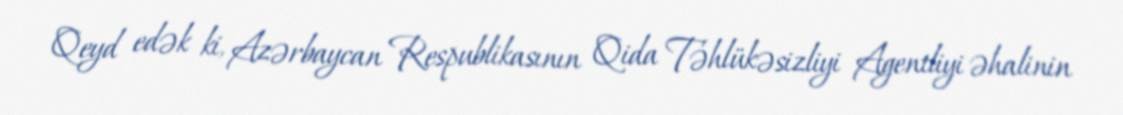
Qeyd edək ki, Azərbaycan Respublikasının Qida Təhlükəsizliyi Agentliyi əhalinin